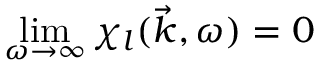
\operatorname* { l i m } _ { \omega \to \infty } \chi _ { l } ( \vec { k } , \omega ) = 0